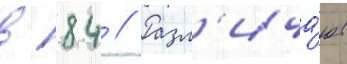
в 84 // Разл'ича́ют